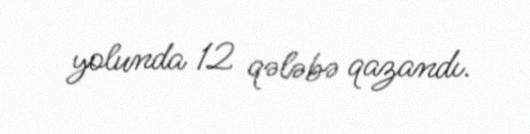
yolunda 12 qələbə qazandı.